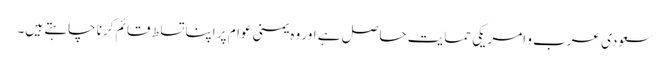
سعودی عرب و امریکی حمایت حاصل ہے اور وہ یمنی عوام پر اپنا تسلط قائم کرنا چاہتے ہیں۔